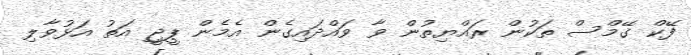
ފޭކް ގޭމްސް ތަކުން ރައްޔިތުން ވާ ވައްދައިގެން އެމެން ޕީޖީ އަތު އަޅުވާލި